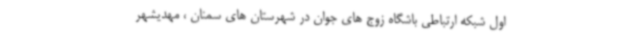
اول شبکه ارتباطی باشگاه زوج های جوان در شهرستان های سمنان ، مهدیشهر